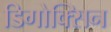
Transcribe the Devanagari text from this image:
डिगोक्सिन